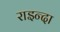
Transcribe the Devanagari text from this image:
राइन्दा